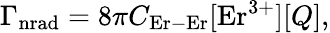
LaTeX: {\Gamma}_{\mathrm{nrad}}=8\pi C_{\mathrm{Er-Er}}[\mathrm{Er}^{3+}][Q],